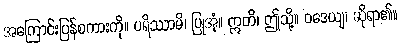
အကြောင်းပြန်စကားကို။ ပရိဿာမိ၊ ပြုအံ့။ ဣတိ၊ ဤသို့။ ဝဒေယျ၊ ဆိုရာ၏။